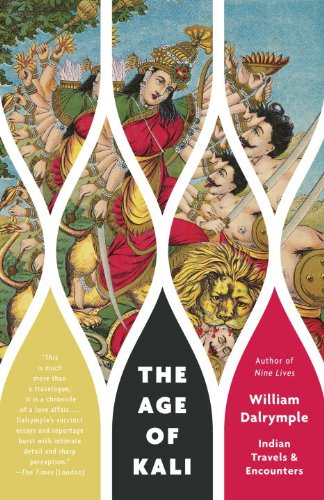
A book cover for The Age of Kali: Indian Travels & Encounters (Vintage Departures); William Dalrymple; Travel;